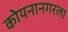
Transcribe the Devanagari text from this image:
कोयनानगरला